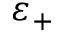
\varepsilon _ { + }